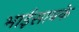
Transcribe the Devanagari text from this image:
भाईसाबके